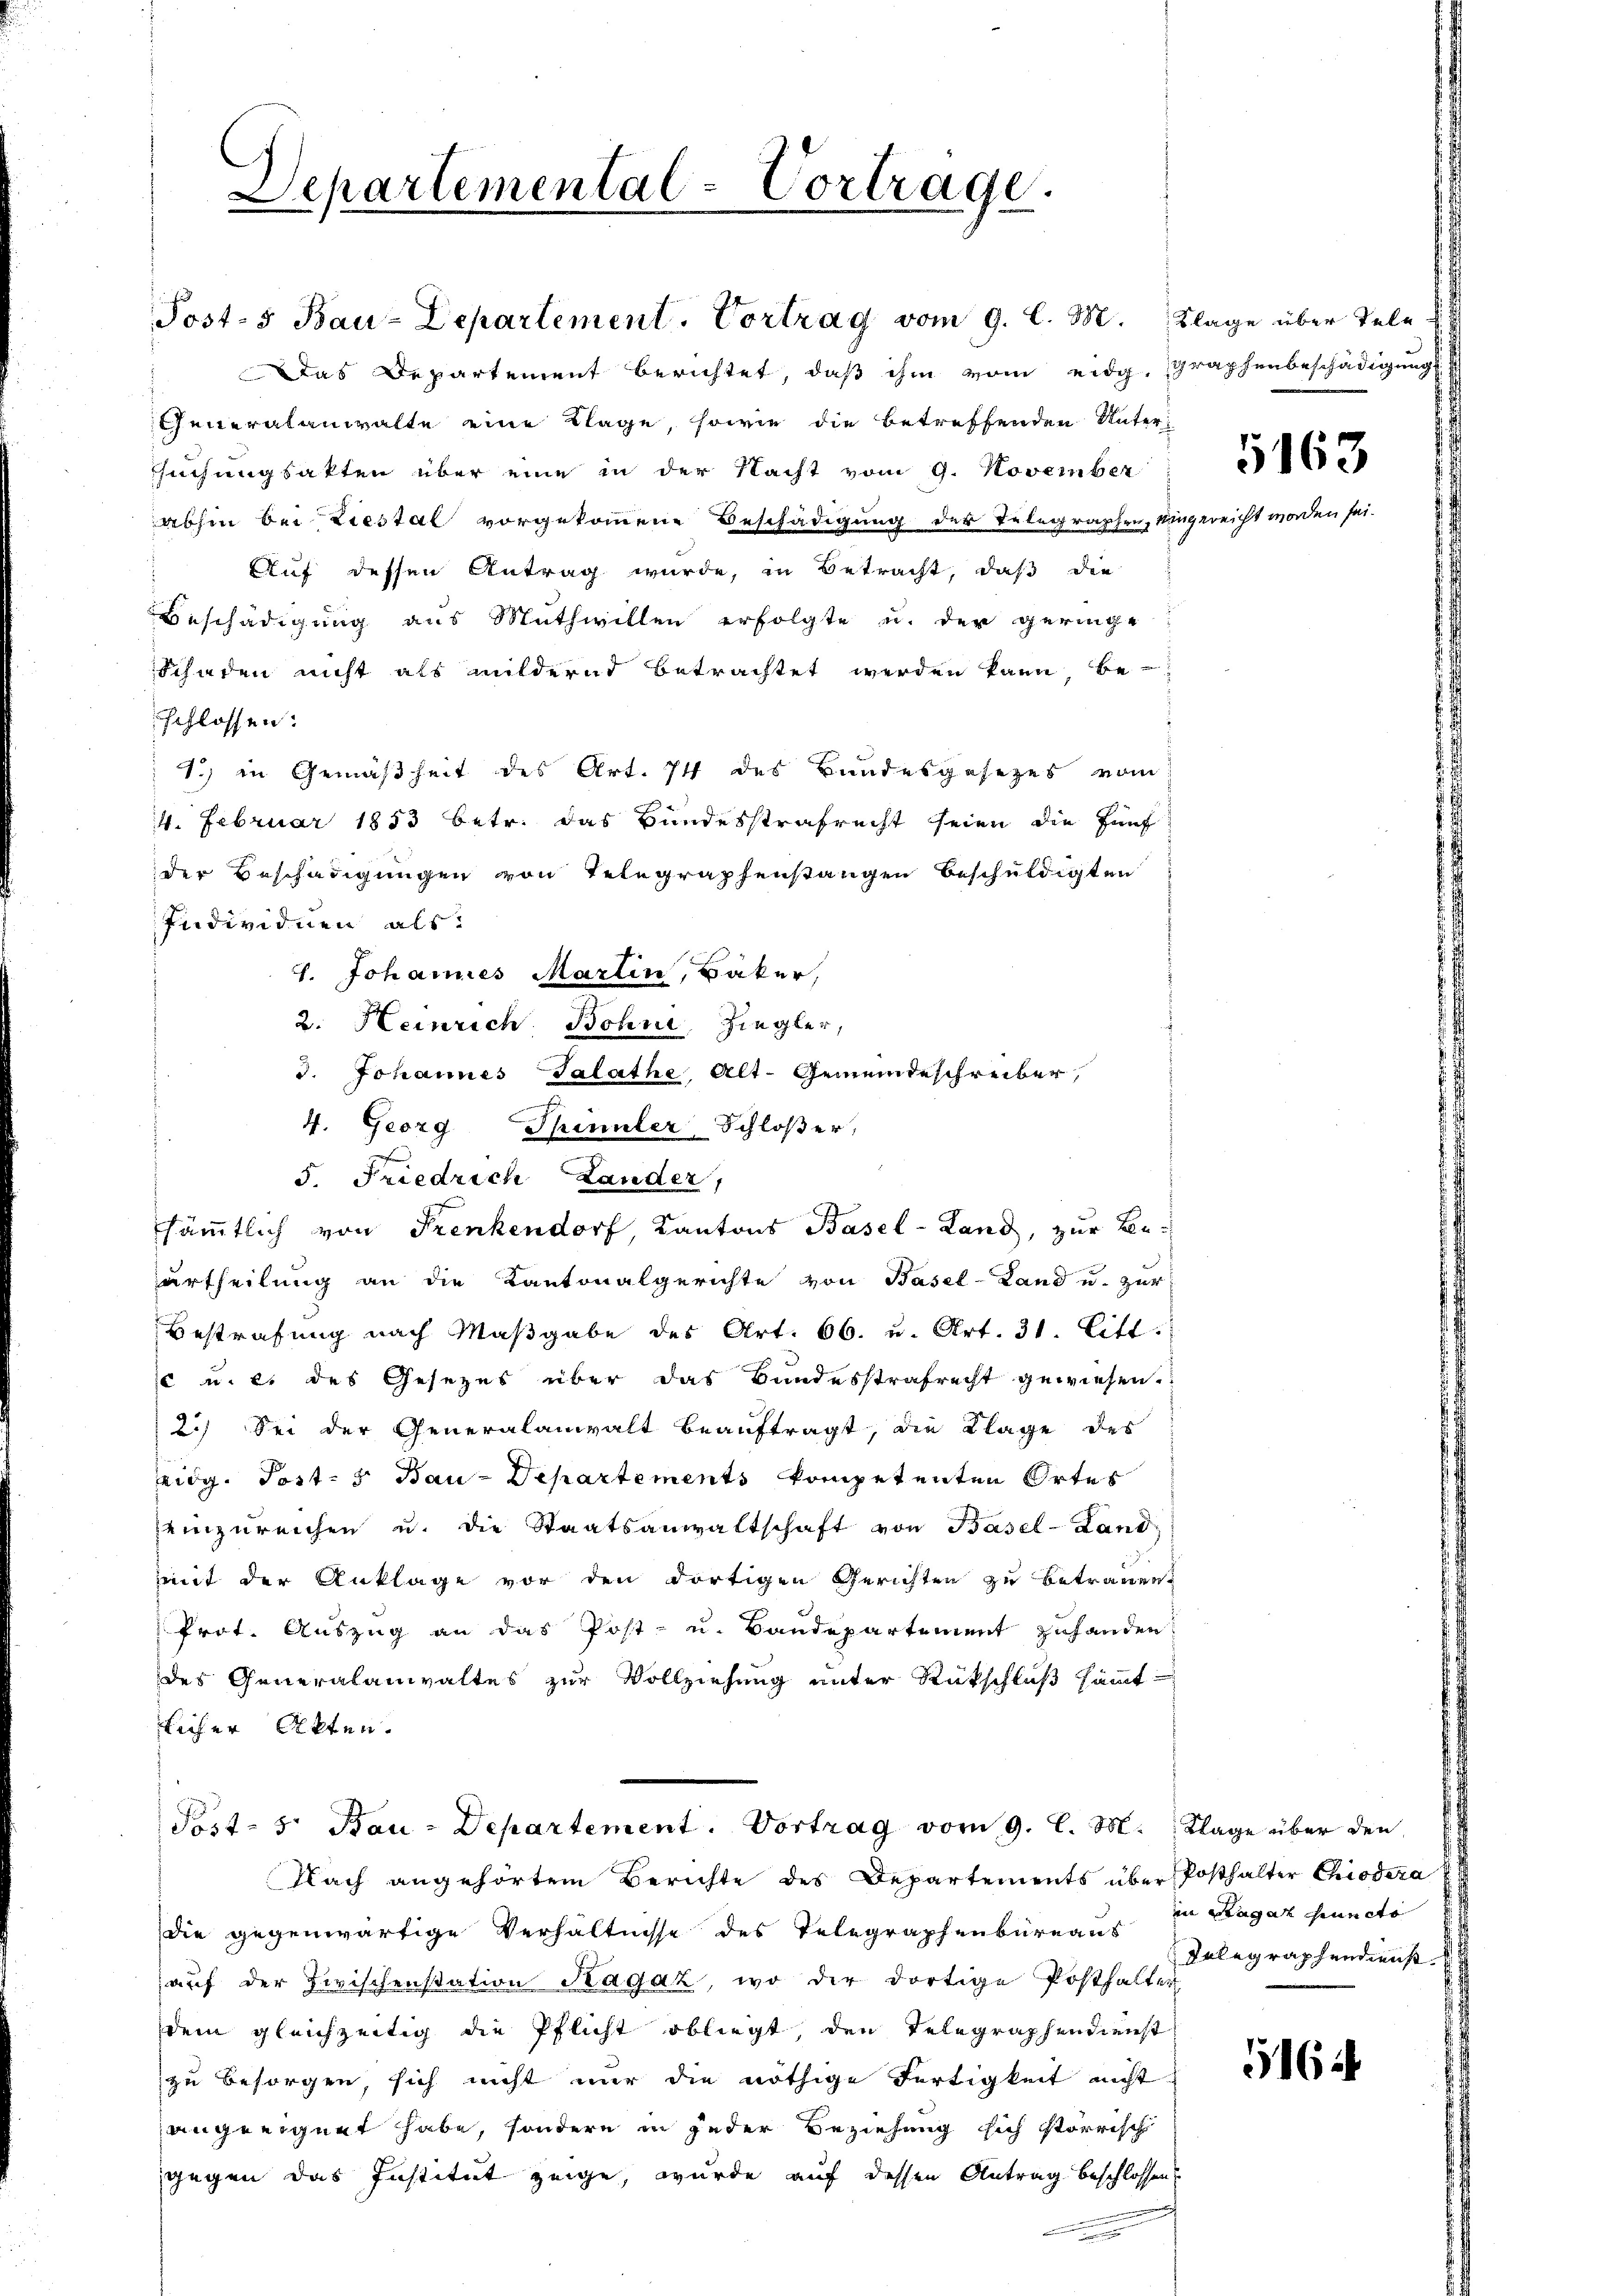
Separtemental-Vortrage.

Das Departement berichtet, daß ihm vom eidg. Graphenbeschädigungs
Generalanwalte eine Klage, sowie die betreffenden Unter-
suchungsakten über eine in der Nacht vom 9. November
abhin bei Liestal vorgekommene Beschädigung der Telegraphen, sin
 Auf dessen Antrag wurde, in Betracht, daß die
Beschädigung aus Muthwillen erfolgte u. der geringe
Schaden nicht als mildernd betrachtet werden kann, be-
schlossen:
1.) in Gemäßheit des Art. 74 des Bundesgesezes vom
4. Februar 1853 betr. das Bundesstrafrecht seien die fünf
der Beschädigungen von Telegraphenstangen beschuldigten
Individuen als:
H. Johannes Martin, Bäker,
2. Heinrich. Bohne Ziegler,
3. Johannes Talathe, Alt-Gemeindeschreiber,
4. Georg Spinnler-Schloßer,
5. Friedrich Lander,
sämmtlich von Frenkendorf, Kantons Basel-Land, zur Beurtheilung an die Kantonalgerichte von Basel-Land u. zur
Bestrafung nach Maβgabe des Art. 66. u. Art. 31. Litt.
 u. es des Gesezes über das Bundesstrafrecht gewiesen.
2.) Sei der Generalanwalt beauftragt, die Klage des
Eidg. Post- u Bau-Departements kompetenten Ortes
einzureichen u. die Staatsanwaltschaft von Basel-Land
mit der Anklage vor den dortigen Gerichten zu Betrauen,
Prot. Auszug an das Post- u. Baudepartement zuhanden
des Generalanwaltes zur Vollziehung unter Rückschluß sämmtlicher Akten.
Post- 5. Bau-Departement. Vortrag vom 9. l. M. Klage über den
Nach angehörtem Berichte des Departements über Posthalter Chiedera
die gegenwärtige Verhältnisse des Telegraphenbureaus
auf der Zwischenstation Ragaz, wo der dortige Posthalter
dem gleichzeitig die Pflicht obliegt den Telegraphendienst
zu besorgen, sich nicht nur die nöthige Fertigkeit nicht
angeeignet habe, sondern in jeder Beziehung sich störrisch
gegen das Institut zeige, wurde auf dessen Antrag beschlossen.

Post-5 Bau-Departement. Vortrag vom 9. l. M. Klage über Tele

gerei

5,163
an sei.

in Magaz uncto
Delegraphendienst. E

5164